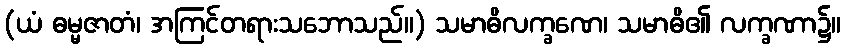
(ယံ ဓမ္မဇာတံ၊ အကြင်တရားသဘောသည်။) သမာဓိလက္ခဏေ၊ သမာဓိ၏ လက္ခဏာ၌။